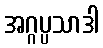
အဂ္ဂပ္ပသာဒါ